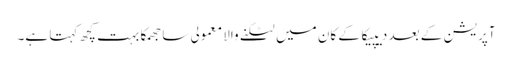
آپریشن کے بعد دیپیکا کے کان میں لٹکنے والا معمولی سا جھمکا بہت کچھ کہتا ہے۔